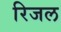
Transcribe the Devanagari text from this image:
रिजल